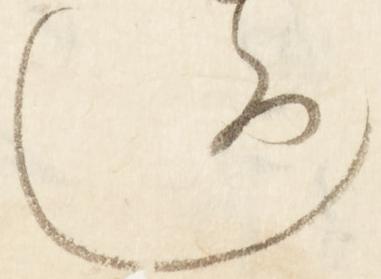
し